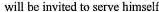
will be invited to serve himself